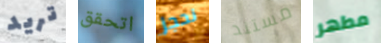
تريد اتحقق نحجز مستند مطهر